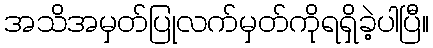
အသိအမှတ်ပြုလက်မှတ်ကိုရရှိခဲ့ပါပြီ။